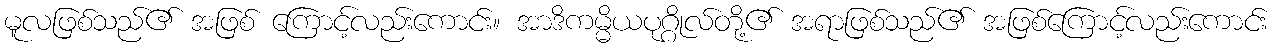
မူလဖြစ်သည်၏ အဖြစ် ကြောင့်လည်းကောင်း။ အာဒိကမ္မိယပုဂ္ဂိုလ်တို့၏ အရာဖြစ်သည်၏ အဖြစ်ကြောင့်လည်းကောင်း